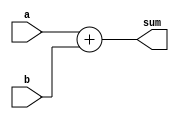
`timescale 1ns / 1ps
//------------------------------------------------------------------------------
// Release Date  : 25_07_2022
// Design Name   : FPGA CLB Resources
// Release       : 0.3 
// Module Name   : adder_8bit.v
// Target Devices: Xilinx 7 series FPGA
// Tool versions : VIVADO 2020.1
// Description   : 8 bit Adder		   
//------------------------------------------------------------------------------
// DESIGN HIERARCHY 
// - No - Basic Module
//------------------------------------------------------------------------------
//------------------------------------------------------------------------------
// MODULE DECLARATION 
//------------------------------------------------------------------------------  
  module adder_8bit 
  (
//------------------------------------------------------------------------------
// INPUT DECLARATION
//------------------------------------------------------------------------------ 
    input 	[7:0]		a	,	// input a declaration 
    input 	[7:0]		b	,	// input b declaration
//------------------------------------------------------------------------------
// OUTPUT DECLARATION
//------------------------------------------------------------------------------
    output 	[8:0]		sum		// output full adder sum declaration 
  ); 
//------------------------------------------------------------------------------
// DATA FLOW MODELING - ADDTION LOGIC
//------------------------------------------------------------------------------
  assign sum  =  a + b 	;
  
endmodule